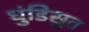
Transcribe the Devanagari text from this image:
धुंडिसुत